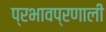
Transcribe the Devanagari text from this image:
प्रभावप्रणाली